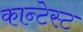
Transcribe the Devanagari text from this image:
कान्टेस्ट